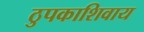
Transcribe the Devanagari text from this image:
ठुपकाशिवाय